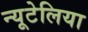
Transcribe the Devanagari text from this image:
न्यूटेलिया